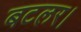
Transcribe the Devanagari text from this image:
बटलर।